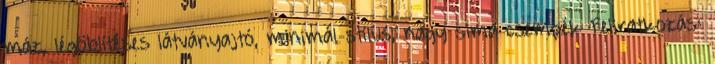
máz, légöblítéses látványajtó, minimál stílus, nagy sima csempék Feliratkozás: